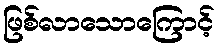
ဖြစ်လာသောကြောင့်